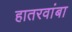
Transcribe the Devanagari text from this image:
हातरवांबा